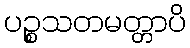
ပဉ္စသတမတ္တာပိ